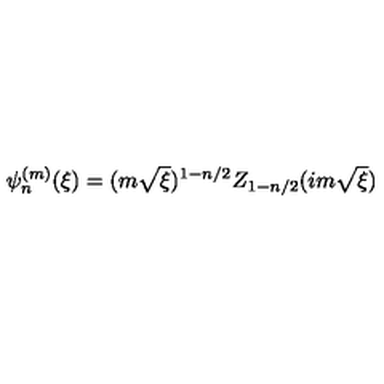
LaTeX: \psi _ { n } ^ { ( m ) } ( \xi ) = ( m \sqrt { \xi } ) ^ { 1 - n / 2 } Z _ { 1 - n / 2 } ( i m \sqrt { \xi } )